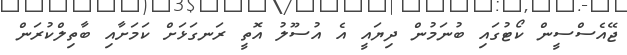
ޖޭއެސްސީން ކޯޓުގައި ބުނަމުން ދިޔައީ އެ އުސޫލު އޮތީ ރަނގަޅަށް ކަމަށާއި ބާތިލްކުރަން